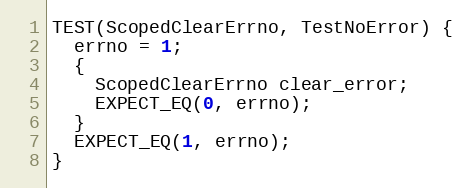
Language: C++
TEST(ScopedClearErrno, TestNoError) {
  errno = 1;
  {
    ScopedClearErrno clear_error;
    EXPECT_EQ(0, errno);
  }
  EXPECT_EQ(1, errno);
}